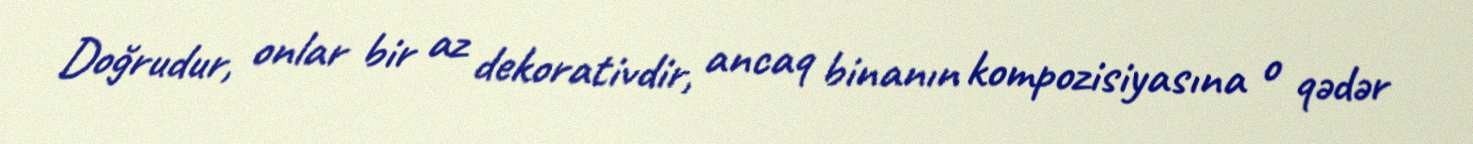
Doğrudur, onlar bir az dekorativdir, ancaq binanın kompozisiyasına o qədər